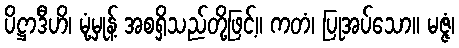
ပိဋ္ဌာဒီဟိ၊ မုံ့မှုန့် အစရှိသည်တို့ဖြင့်။ ကတံ၊ ပြုအပ်သော။ မဇ္ဇံ၊